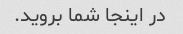
در اینجا شما بروید.